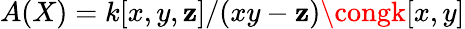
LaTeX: A(X)=k[x,y,\mathbf{z}]/(xy-\mathbf{z})\congk[x,y]